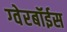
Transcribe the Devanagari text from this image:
ग्‍वेरबॉईस